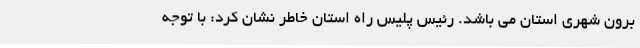
برون شهری استان می باشد. رئیس پلیس راه استان خاطر نشان کرد: با توجه